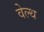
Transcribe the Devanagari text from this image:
वेल्‍थ